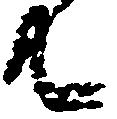
共